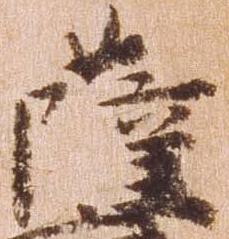
薩